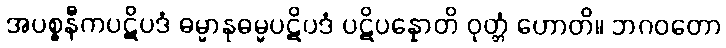
အပစ္စနီကပဋိပဒံ ဓမ္မာနုဓမ္မပဋိပဒံ ပဋိပန္နောတိ ဝုတ္တံ ဟောတိ။ ဘဂဝတော